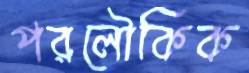
পরলৌকিক